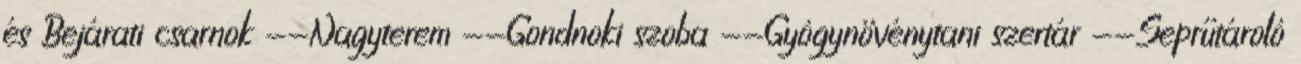
és Bejárati csarnok --Nagyterem --Gondnoki szoba --Gyógynövénytani szertár --Seprűtároló